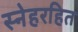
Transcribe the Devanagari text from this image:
स्नेहरहित